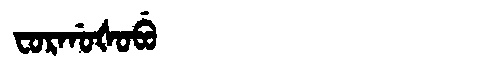
Manchu: ᠸᠣᡵᡤᠣᡧᠣᠪᡠ
Romanization: FORGOŠOBU